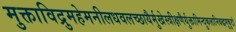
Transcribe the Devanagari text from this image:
मुक्ताविद्रुमहेमनीलधवलच्छायैर्मुखेस्त्रीक्षणैर्युक्तामिन्दुकलानिबद्धमुकुटां